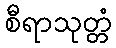
စီရာသုတ္တံ